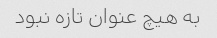
به هیچ عنوان تازه نبود